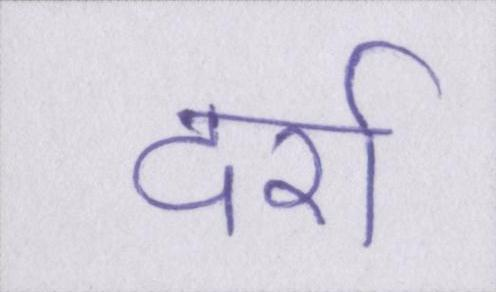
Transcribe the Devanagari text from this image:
दर्रा